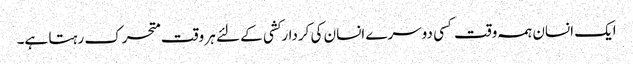
ایک انسان ہمہ وقت کسی دوسرے انسان کی کردارکشی کے لئے ہر وقت متحرک رہتا ہے۔